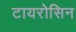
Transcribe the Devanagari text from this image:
टायरोसिन